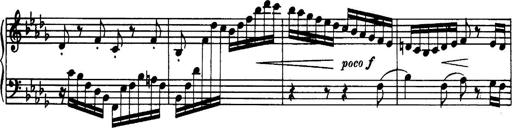
Title: 3 Sonatinas, Op.67
Composer: Jean Sibelius